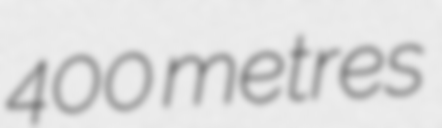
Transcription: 400 metres